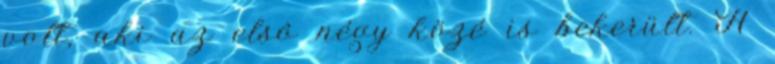
volt, aki az elsô négy közé is bekerült. A